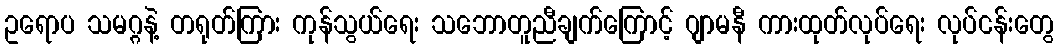
ဥရောပ သမဂ္ဂနဲ့ တရုတ်ကြား ကုန်သွယ်ရေး သဘောတူညီချက်ကြောင့် ဂျာမနီ ကားထုတ်လုပ်ရေး လုပ်ငန်းတွေ